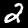
Label: 2